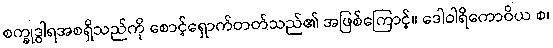
စက္ခုဒွါရအစရှိသည်ကို စောင့်ရှောက်တတ်သည်၏ အဖြစ်ကြောင့်။ ဒေါဝါရိကောဝိယ စ၊